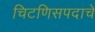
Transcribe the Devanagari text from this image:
चिटणिसपदाचे